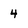
Character: 4